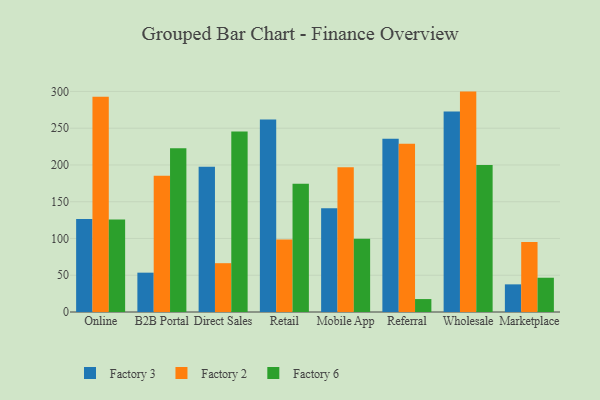
{"axis": {"x": "Channel", "y": "Latency (ms)"}, "legend": ["Factory 2", "Factory 3", "Factory 6"], "data": [{"x": "Online", "y": 126.5, "type": "Factory 3"}, {"x": "Online", "y": 292.7, "type": "Factory 2"}, {"x": "Online", "y": 125.8, "type": "Factory 6"}, {"x": "B2B Portal", "y": 53.5, "type": "Factory 3"}, {"x": "B2B Portal", "y": 185.5, "type": "Factory 2"}, {"x": "B2B Portal", "y": 222.6, "type": "Factory 6"}, {"x": "Direct Sales", "y": 197.5, "type": "Factory 3"}, {"x": "Direct Sales", "y": 66.4, "type": "Factory 2"}, {"x": "Direct Sales", "y": 245.4, "type": "Factory 6"}, {"x": "Retail", "y": 261.7, "type": "Factory 3"}, {"x": "Retail", "y": 98.5, "type": "Factory 2"}, {"x": "Retail", "y": 174.3, "type": "Factory 6"}, {"x": "Mobile App", "y": 141.1, "type": "Factory 3"}, {"x": "Mobile App", "y": 196.8, "type": "Factory 2"}, {"x": "Mobile App", "y": 99.7, "type": "Factory 6"}, {"x": "Referral", "y": 235.7, "type": "Factory 3"}, {"x": "Referral", "y": 228.7, "type": "Factory 2"}, {"x": "Referral", "y": 17.6, "type": "Factory 6"}, {"x": "Wholesale", "y": 272.6, "type": "Factory 3"}, {"x": "Wholesale", "y": 299.8, "type": "Factory 2"}, {"x": "Wholesale", "y": 199.8, "type": "Factory 6"}, {"x": "Marketplace", "y": 37.6, "type": "Factory 3"}, {"x": "Marketplace", "y": 95.1, "type": "Factory 2"}, {"x": "Marketplace", "y": 46.6, "type": "Factory 6"}]}